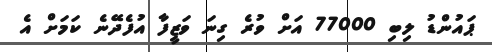
ޕައުންޑު ލިބި 77000 އަށް ވުރެ ގިނަ ވަޒީފާ އުފެދޭނެ ކަމަށް އެ